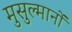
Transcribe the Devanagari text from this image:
मुसुल्मानों